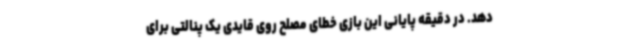
دهد. در دقیقه پایانی این بازی خطای مصلح روی قایدی یک پنالتی برای